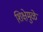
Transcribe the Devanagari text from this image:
शिक्षेमुळे